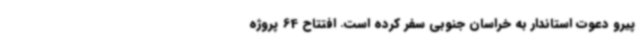
پیرو دعوت استاندار به خراسان جنوبی سفر کرده است. افتتاح 64 پروژه